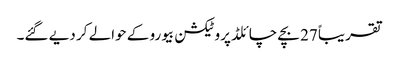
تقریباً 27 بچے چائلڈ پروٹیکشن بیورو کے حوالے کر دیے گئے۔